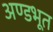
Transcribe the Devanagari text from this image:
अण्डभूत